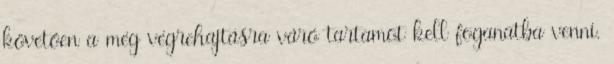
követően a még végrehajtásra váró tartamot kell foganatba venni.